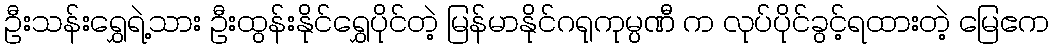
ဦးသန်းရွှေရဲ့သား ဦးထွန်းနိုင်ရွှေပိုင်တဲ့ မြန်မာနိုင်ဂရုကုမ္ပဏီ က လုပ်ပိုင်ခွင့်ရထားတဲ့ မြေဧက